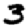
Digit: 3